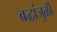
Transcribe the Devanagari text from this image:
बद्धांजुळी